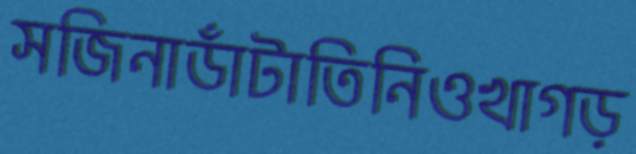
সজিনাডাঁটাতিনিওখাগড়